Civil Veterinary Department Bihar & Orissa reports 1922-29 - 1922-1929
Year: 1922
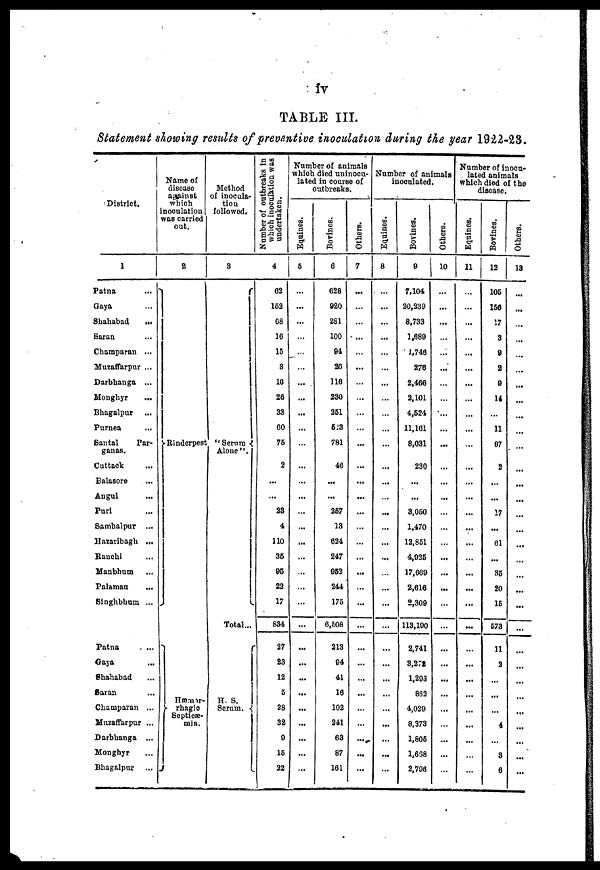
iv
TABLE III.
Statement showing results of preventive inoculation during the year 1922-23.
District.
1
Patna
...
Gaya ...
Shahabad
...
Saran ...
Champaran ...
Muzaffarpur ...
Darbhanga ...
Monghyr ...
Bhagalpur ...
Purnea ...
Santal
Par-
ganas.
Cuttack ...
Balasore ...
Angul
...
Puri ...
Sambalpur ...
Hazaribagh ...
Ranchi ...
Manbhum ...
Palamau ...
Singhbhum ...
Patna
Gaya
Shahabad
Saran
Champaran ...
Muzaffarpur ...
Darbhanga ...
Monghyr
Bhagalpur
Name of
disease
against
which
inoculation
was carried
out.
2
Rinderpest
Hæmor-
rhagic
Septicæ-
mia.
Method
of inocula-
tion
followod.
3
"Serum
Alone"
Total...
H. S.
Serum.
Number of outbreaks in
which inoculation was
undertaken.
4
62
152
68
16
15
3
16
26
33
60
75
2
...
...
23
4
110
35
95
22
17
834
27
23
12
5
28
32
9
15
22
Number of animals
which died uninocu-
lated in course of
outbreaks.
Equines.
5
...
...
...
...
...
...
...
...
...
...
...
...
...
...
...
...
...
...
Bovines.
6
628
920
281
100
94
20
116
230
251
523
781
46
...
...
267
13
624
247
053
244
175
0,508
213
94
41
16
102
241
63
87
161
Others.
7
...
...
...
...
...
...
...
...
...
...
...
...
...
...
...
Number of animals
inoculated.
Equines.
8
...
...
...
...
...
...
...
...
...
...
...
...
...
...
...
...
...
...
...
...
...
...
...
...
...
:
...
...
...
Bovines.
9
7,104
20,230
8,733
1,689
1,746
276
2,466
2,101
4,524
11,161
8,031
230
...
...
3,050
1,470
12,861
4,925
17,669
2,616
2,309
113,100
2,741
3,278
1,293
862
4,029
8,373
1,806
1,658
2,706
Others.
10
...
...
...
...
...
...
...
...
...
...
...
...
...
...
...
...
...
...
...
...
...
...
...
...
...
...
Number of inocu-
lated animals
which died of the
disease.
Equines.
11
...
...
...
...
...
...
...
...
...
...
...
...
...
...
...
...
...
...
...
...
...
...
...
...
...
...
...
...
...
Bovines.
12
105
156
17
3
9
2
9
14
...
11
97
2
...
...
17
...
61
...
35
20
15
573
11
2
...
4
3
6
Others.
13
...
...
...
...
...
...
...
...
...
...
...
...
...
...
...
...
...
...
...
...
...
...
...
...
...
...